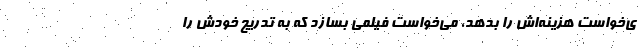
ی‌خواست هزینه‌اش را بدهد، می‌خواست فیلمی بسازد که به تدریج خودش را